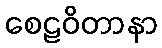
စေဠဝိတာနာ